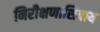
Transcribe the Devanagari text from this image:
निरीक्षणाशिवाय